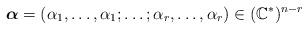
LaTeX: \begin{align*}\boldsymbol{\alpha}=(\alpha_1,\dots, \alpha_1;\dots ;\alpha_r,\dots, \alpha_r)\in (\mathbb C^*)^{n-r}\end{align*}